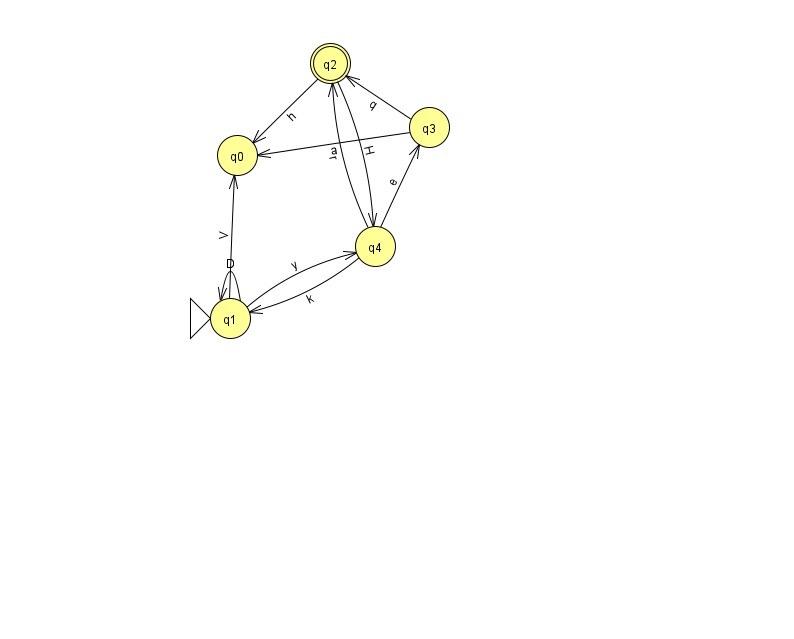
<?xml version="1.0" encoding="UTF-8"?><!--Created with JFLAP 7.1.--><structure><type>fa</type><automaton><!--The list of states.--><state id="0" name="q0"><x>237.0</x><y>142.0</y></state><state id="1" name="q1"><x>230.0</x><y>305.0</y><initial/></state><state id="2" name="q2"><x>330.0</x><y>50.0</y><final/></state><state id="3" name="q3"><x>429.0</x><y>114.0</y></state><state id="4" name="q4"><x>375.0</x><y>233.0</y></state><!--The list of transitions.--><transition><from>2</from><to>0</to><read>h</read></transition><transition><from>1</from><to>1</to><read>D</read></transition><transition><from>4</from><to>2</to><read>r</read></transition><transition><from>3</from><to>0</to><read>a</read></transition><transition><from>3</from><to>2</to><read>q</read></transition><transition><from>4</from><to>1</to><read>k</read></transition><transition><from>1</from><to>0</to><read>V</read></transition><transition><from>2</from><to>4</to><read>H</read></transition><transition><from>1</from><to>4</to><read>y</read></transition><transition><from>4</from><to>3</to><read>e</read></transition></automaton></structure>